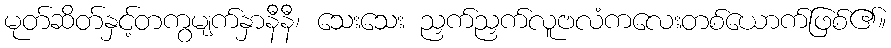
မုတ်ဆိတ်နှင့်တကွမျက်နှာနီနီ၊ သေးသေး ညှက်ညှက်လူဗလံကလေးတစ်ယောက်ဖြစ်၏။